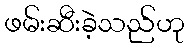
ဖမ်းဆီးခဲ့သည်ဟု